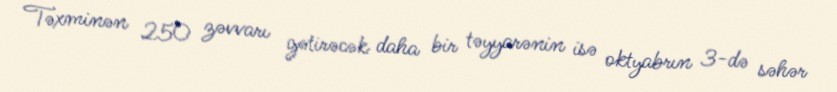
Təxminən 250 zəvvarı gətirəcək daha bir təyyarənin isə oktyabrın 3-də səhər